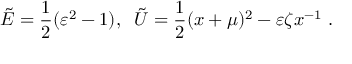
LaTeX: \tilde { E } = \frac { 1 } { 2 } ( \varepsilon ^ { 2 } - 1 ) , \; \; \tilde { U } = \frac { 1 } { 2 } ( x + \mu ) ^ { 2 } - \varepsilon \zeta x ^ { - 1 } \; .